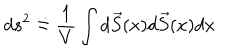
LaTeX: d s ^ { 2 } \doteq \frac { 1 } { V } \int d \vec { S } ( x ) d \vec { S } ( x ) d x